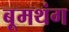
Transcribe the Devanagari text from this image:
बूमथंग